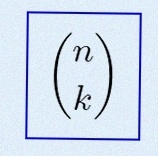
\binom{n}{k}